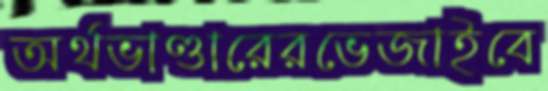
অর্থভাণ্ডারেরভেজাইবে